Vaccination in the Punjab 1905-1918 - 1905-1918
Year: 1905
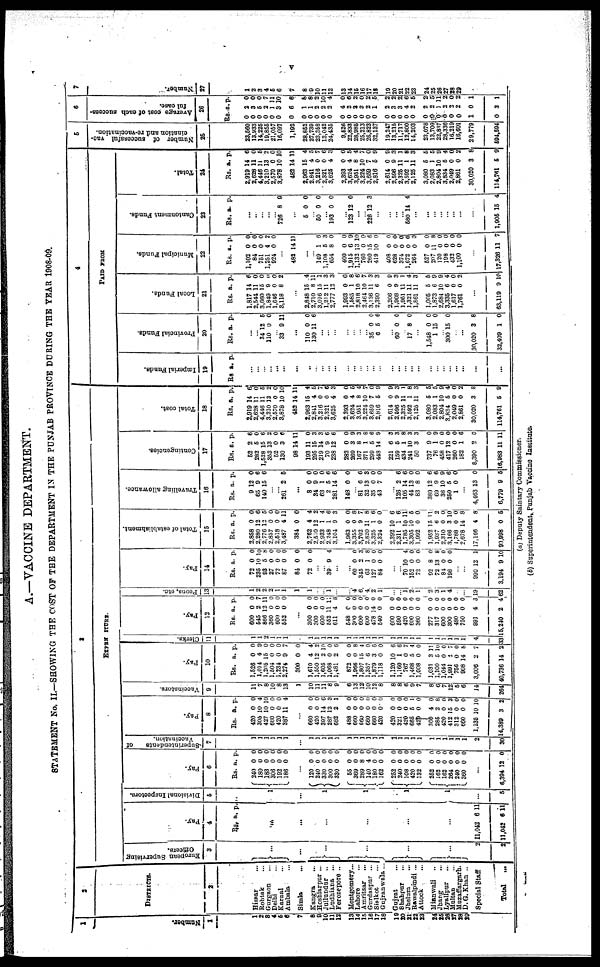
V
A.—VACCINE DEPARTMENT.
STATEMENT No. II.—SHOWING THE COST OF THE DEPARTMENT IN THE PUNJAB PROVINCE DURING THE YEAR 1908-09.
1
Number.
1
1
2
3
4
5
6
7
8
9
10
11 12
13
14
15
16
17
18
19
20
21
22
23
74
25
26
27
28
20
2
DISTRICTS.
2
Hissar ...
Rohtak ...
Gurgaon ...
Delhi ...
Karnal ...
Ambala ...
Simla ...
Kangra ...
Hoshiarpur ...
Jullundur ...
Ludhiana ...
Ferozepore ...
Montgomery...
Lahore ...
Amritsar
...
Gurdaspur ...
Sialkot ...
Gujranwala...
Gujrat ...
Shahpur ...
Jhelum
Rawalpindi ...
Attock ...
Mianwali ...
Jhang ...
Lyallpur ...
Multan ...
Muzaffargarh.
D.G. Khan ...
Special Staff
Total
...
3
EXPENDITURE.
European Supervising
Officers.
3
...
...
...
...
...
...
2
2
Pay.
4
Rs. a p.
...
...
...
...
...
...
11,042
11,042
6
6
11
11
Divisional Inspectors.
5
1
...
1
1
1
1
...
5
Pay.
6
Rs.
240
180
183
306
192
186
a.
0
0
0
0
0
0
p.
0
0
0
0
0
0
...
120
240
330
300
330
55
369
280
140
180
162
252
240
108
420
132
252
162
162
264
240
360
0
0
0
0
0
0
0
8
4
0
0
0
0
0
0
0
0
0
0
0
0
0
0
0
0
0
0
0
0
0
0
0
0
0
0
0
0
0
0
0
0
0
0
0
...
6,394 12 0
Superintendents
of
Vaccination.
7
1
1
1
1
1
1
...
1
1
1
1
1
1
1
1
1
1
1
1
1
1
1
1
1
1
1
1
1
1
2
30
Pay.
8
Rs.
420
305
427
660
420
387
a.
0
10
10
0
0
11
p.
0
4
10
0
0
4
...
660
420
397
287
682
488
660
660
660
660
420
420
321
420
665
420
300
285
420
412
312
600
1,135
14,389
0
0
14
12
2
0
0
0
0
0
0
0
0
0
5
0
4
2
0
15
0
0
10
3
0
0
0
3
1
0
0
0
0
0
0
0
0
0
1
0
0
8
0
3
0
0
10
2
Vaccinators.
9
11
7
8
10
8
13
1
10
11
11
8
9
6
13
12
10
12
8
8
8
6
9
7
8
6
7
12
5
6
14
264
Pay
10
Rs.
1,526
1,014
1,205
1,504
1,234
2,274
300
1,610
1,550
1,605
1,068
1,481
872
1,966
1,807
1,357
1,870
1,118
1,120
1,160
767
1,468
1,008
1,031
1,100
1,044
1,991
756
908
3,006
40,736
a.
0
4
15
0
0
9
0
4
12
2
0
2
0
0
15
6
3
0
10
1
0
5
0
3
5
0
4
0
14
2
14
p.
0
0
0
0 0
7
0
4
2
10
0
6
0
8
4
0
6
0
6
6
7
4
0
11
10
0
7
0
8
7
2
Cl er ks.
11
1
1
2
1
1
1
1
1
1
1
1
1
1
1
1
1
1
1
1
1
1
1
1
1
1
1
1
l
4
33
Pay.
12
Rs.
600
645
866
360
600
552
a.
0
2
12
0
0
0
p.
0
7
11
0
0
0
...
300
300
600
552
611
548
300
600
600
478
540
600
590
420
600
360
277
317
600
300
480
750
991
15,240
0
0
0
11
4
0
0
0
0
14
0
0
0
0
0
0
0
0
0
0
0
0
4
2
0
0
0
11
8
0
0
0
0
0
0
0
0
0
0
0
0
0
0
0
0
0
3
4
Peons. etc.
13
1
2
2
2
1
1
1
1
...
...
1
...
...
4
6
4
2
1
...
...
1
2
1
2
3
1
4
...
...
19
62
Pay.
14
Rs.
72
235
93
27
72
87
84
72
a.
0
10
5
0
0
0
0
0
p.
0
10
8
0
0
0
0
...
...
39 9 4
...
...
60
345
63
127
84
0
2
1
0
0
0
3
8
0
0
...
...
70
152
72
92
72
84
198
10
0
0
8
13
0
0
4
0
0
0
8
0
0
...
...
900
3,194
12
9
1
10
Total of establishment.
15
Rs.
2,858
2,280
2,776
2,857
2,518
3,487
384
2,762
2,510
2,933
2,248
3,104
1,963
3,355
3,702
2,820
3,325
2,324
2,392
2,311
1,785
3,305
1,092
1,952
1,937
2,310
3,166
1,788
2,678
17,166
90,998
a.
0
12
12
0
0
4
0
4
12
1
1
9
0
0
9
11
1
0
10
1
10
10
0
15
6
0
3
0
14
4
0
p.
0
6
5
0
0
11
0
4
2
4
6
3
0
8
7
8
6
0
6
6
11
5
0 11
2
0
10
0
8
8
5
Travelling allowance.
16
Rs.
9
65
140
a.
12
9
15
p.
0
6
6
...
...
261 2 5
...
8
34
63
2
281
148
0
9
1
5
14
0
0
0
0
6
6
0
...
81
32
35
43
6
13
0 7
6
3
0
0
...
126
105
44
83
389
69
36
250
1
2
14
13
8
12
9
10
5
0
6
6
0
0
6
6
9
6
0
...
4,463
6,779
13
9
0
5
Contingencies.
17
Rs.
52
282
1,528
353
52
130
98
193
295
219
70
238
282
269
167
371
299
448
221
159
434
241
50
737
76
458
417
260
182
8,390
16,983
a.
2
5
15
13
0 3
14
11
15
14
9
12
0
3
8
1
5
14
6
5
1
10
3
9
1
0
12
0
1
2
11
p.
6
0
6
2
0
0
11
0
3
3
6
6
0
9
3
8
6
9
3
3
8
3
3
0
9
0
0
0
6
0
11
Total cost.
18
Rs.
2,919
2,628
4,446
3,210
2,570
3,878
482
2,963
2,841
3,216
2,321
3,625
2,393
3,624
3,951
3,224
3,659
2,816
2,614
2,596
2,325
3,592
2,125
3,080
2,083
2,804
3,834
2,049
2,861
30,020
114,761
a.
14
11
11
13
0
10
14
15
4
0
0
4
0
4
8
0
7
5
0
9
11
1
11
5
1
10
5
0
0
3
5
p.
6
0
5
2
0
10
11
4
5
7
6
3
0
5
4
7
0
9
9
3
1
8
3
5
5
9
4
0
2
8
9
4
PAID FROM
Imperial Funds.
19
Rs. a. p.
...
...
...
...
...
...
...
...
...
...
...
...
...
...
...
...
...
...
...
...
...
...
...
...
...
...
...
...
...
...
...
Provincial Funds.
20
Rs. a. p.
...
...
34
110
12
0
5
0
...
33 9 11
...
110
130
0
11
0
6
...
...
...
...
...
...
...
35
6 0 5
0
6
...
60 0 0
...
17 8 0
...
1,548
1
0
15
0
0
...
300 15 0
...
...
30,020
32,409
3
1
8
0
Local Funds.
21
Rs.
1,817
2,544
3,660
1,849
1,646
3,118
a.
14
11
15
9
0
8
p.
6
0
0
0
0
2
...
2,848
2,710
3,016
1,212
2,777
1,993
1,585
2,818
2,464
3,136
2,390
2,206
1,908
1,951
1,321
1,861
1,005
1,873
2,684
3,335
1,617
1,761
15
8
15
11
12
0
1
10
10
11
6
0
9
11
11
11
5
6
10
6
0
0
4
11
1
3
3
0
8
6
7
3
3
9
3
1
4
3
5
9
9
4
0
2
...
63,119 9 10
Municipal Funds.
22
Rs.
1,102
84
751
1,251
924
a.
0
0
0
4
0
p.
0
0
0
2
0
...
482 14 11
...
...
149
1,108
654
400
1,915
1,132
760
260
419
408
628
374
1,672
264
527
207
120
198
432
1,100
1
5
8
0
6
13
0
15
10
0
0
0
0
0
0
11
0
0
0
0
6
3
0
0
9
10
0
6
0
0
0
0
0
0
0
8
0
0
0
0
...
17,326 11 7
Cantonment Funds.
23
Rs. a. p.
...
...
...
...
...
726 8 9
...
5 0 0
...
50 0 0
...
193 0 0
...
123 12 0
...
...
226 12 3
...
...
...
...
580 14 4
...
...
...
...
...
...
...
...
1,905 15 4
Total.
24
Rs.
2,919
2,628
4,446
3,210
2,570
3,878
482
2,963
2,841
3,216
2,321
3,625
2,393
3,624
3,951
3,224
3,659
2,816
2,614
2,596
2,325
3,592
2,125
3,080
2,083
2,804
3,834
2,049
2,861
30,020
114,761
a.
14
11
11
13
0
10
14
15
4
0
0
4
0
4
8
10
7
5
0
9
11
1
11
5
1
10
5
0
0
3
5
p.
6
0
5
2
0
10
11
4
5
7
6
3
0
5
4
7
0
9
9
3
1
8
3
5
5
9
4
0
2
8
9
5
Number of successful vac-
cination and re-vaccination.
25
23,560
13,933
14,225
19,855
21,057
16,097
1,192
28,852
27,739
23,358
13,042
24,435
9,526
22,833
28,985
25,213
26,823
32,137
19,247
13,215
11,717
12,800
14,203
23,078
13,700
22,837
28,336
16,219
16,601
29,779
594,594
6
Average cost of each success-
ful case.
26
Rs.
0
0
0
0
0
0
0
0
0
0
0
0
0
0
0
0
0
0
0
0
0
0
0
0
0
0
0
0
0
1
0
a.
2
3
5
2
1
3
6
1
1
2
2
2
4
2
2
2
2
1
2
3
3
4
2
2
2
1
2
2
2
0
3
p.
0
0
0
7
11
10
6
6
8
2
10
4
0
6
2
0
2
5
2
2
2
6
5
2
5
11
2
0
2
1
1
7
Number.
27
1
2
3
4
5
6
7
8
9
10
11
12
13
14
15
16
17
18
19
20
21
22
23
24
25
26
27
28
29
(a) Deputy Saintary Commissioner.
(b) Superintendent, Punjab Vaccine Institute.